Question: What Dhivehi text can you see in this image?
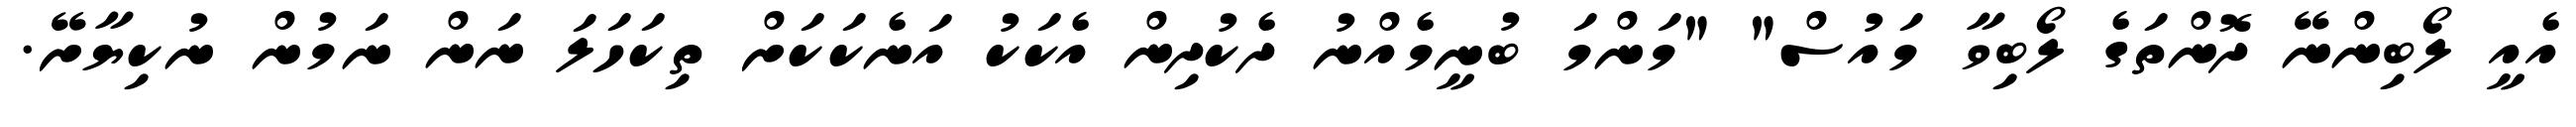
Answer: އެއީ ލޯބިންނޭ ދޮންތަގެ ލޯބިވާ މައުސް" "މަންމަ ބުނީމެއްނު ދެކުދިން އެކަކު އަނެކަކަށް ތިކަހަލަ ނަން ނަމުން ނުކިޔާށޭ.